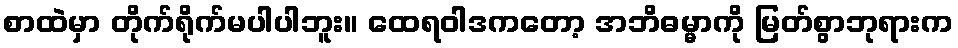
စာထဲမှာ တိုက်ရိုက်မပါပါဘူး။ ထေရဝါဒကတော့ အဘိဓမ္မာကို မြတ်စွာဘုရားက